system: You are a helpful assistant.
user:
Analyze the provided spectrum to determine if it is a **White Dwarf (WD)**.

A White Dwarf spectrum is defined by its **extreme purity** (due to gravitational settling) and/or **extreme pressure broadening** (due to high surface gravity). You must check for one of the following mutually exclusive signatures:

- **Key Visual Indicators (Check for ONE of these types):**

    - **1. DA-Type Signature (Most Common):**
        - **(Primary Feature):** Extreme pressure broadening (Stark broadening) of the **Hydrogen (H) Balmer lines**.
        - **(Key Lines):** $H\beta$ (approx. $4861$ Å) and $H\gamma$ (approx. $4340$ Å). $H\alpha$ (approx. $6563$ Å) will also be present if the wavelength range covers it.
        - **(Line Profile):** This is the **defining feature**. The lines are **NOT** sharp. They appear as massive, **extremely broad and deep "troughs" or "dips"** in the spectrum, often hundreds of Ångströms wide. The continuum will appear to "scoop" down at these wavelengths.
        - **(Distinction):** Normal A-type or B-type stars have *narrow* and *sharp* Hydrogen lines. A DA White Dwarf's lines are unmistakably "smeared" or "blurry" from pressure.

    - **2. DB-Type Signature:**
        - **(Primary Feature):** Broad absorption lines from **Neutral Helium (He I)**. The spectrum must lack any visible Hydrogen lines.
        - **(Key Lines):** Look for broad absorption near $4471$ Å, $4921$ Å, and $5876$ Å.
        - **(Line Profile):** These lines are also significantly pressure-broadened, appearing much wider than they would in a normal B-type main-sequence star.

    - **3. DC-Type Signature:**
        - **(Primary Feature):** A **featureless continuous spectrum**.
        - **(Line Profile):** The spectrum is a smooth curve with **no significant absorption or emission lines**.
        - **(Key Confirmation):** The continuum is almost always **blue or white**, indicating a hot object. This signature implies the atmosphere is so pure (or so cool) that no spectral lines are visible in the optical range. Its WD identity is confirmed by its extremely low intrinsic brightness (high absolute magnitude).

    - **4. DZ-Type Signature (Metal-Polluted):**
        - **(Primary Feature):** **Isolated, narrow metal absorption lines** on an otherwise featureless (DC-like) continuum.
        - **(Key Lines):** The **Calcium (Ca II) H & K doublet** (approx. **$3934$ Å** and **$3968$ Å**) is the most common and defining feature.
        - **(Line Profile):** These lines are "out of place." They are *not* part of a "forest" of thousands of lines. This signature is evidence of recent *accretion* (pollution) from rocky debris.
        - **(Distinction):** Normal G/K/M stars have a *dense forest* of thousands of metal lines. A DZ has a *clean* continuum with *only a few* strong metal lines.

    - **5. DQ-Type Signature (Carbon-Polluted):**
        - **(Primary Feature):** Absorption bands from **Carbon (C₂ "Swan Bands" or atomic C I)**.
        - **(Key Lines - C₂):** Look for bandheads with a "saw-tooth" shape near $5635$ Å, **$5165$ Å** (strongest), and $4737$ Å.
        - **(Key Confirmation):** The underlying **continuum must be blue or white** (hot).
        - **(Distinction):** This is the critical difference from a **Carbon Star**, which has the *exact same* C₂ bands but on an extremely **red, cool** continuum.

- **(Overall Spectrum):**
    - The continuum (overall shape) is typically **blue-sloping** (brighter in the blue than the red), as most white dwarfs are very hot.
    - The spectrum will look "pure" or "simple," dominated by only *one* of the five signatures listed above.

Think first, call **spectral_visualization_tool** if needed to examine features in detail, then provide your final answer. Your response must adhere to the following strict rules:
1.  **Overall Structure:** Your response must follow the format `<think>...</think> <tool_call>...</tool_call> (if a tool is used) <answer>...</answer>`.
2.  **Tool Usage Constraint:** You may only make **one** tool call per turn.
3.  **Final Answer Format:** In the `<answer>` tag, your conclusion must be inside a `\boxed{}` command (e.g., `\boxed{YES}` or `\boxed{NO}`), followed by your justification.

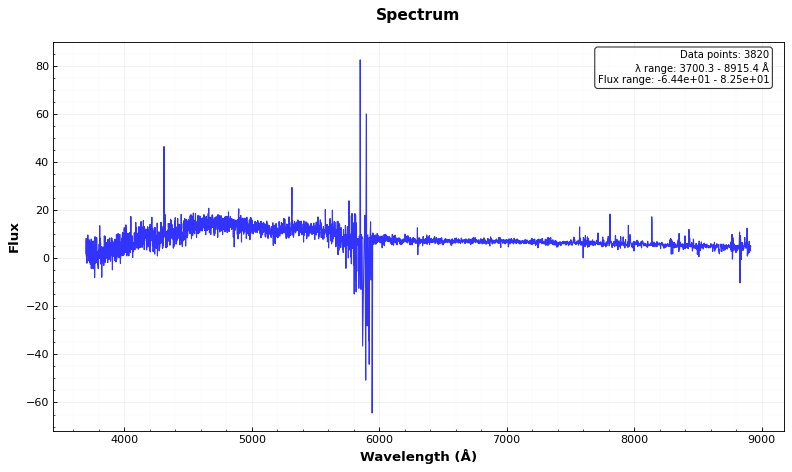
Answer: NO